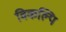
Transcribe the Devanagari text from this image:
विकल्पि